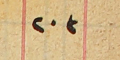
٢٠٣